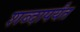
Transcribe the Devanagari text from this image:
शब्दापर्यंत